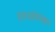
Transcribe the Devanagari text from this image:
इक्जामिनेशन